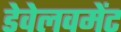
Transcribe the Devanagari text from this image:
डेवेलवमेंट